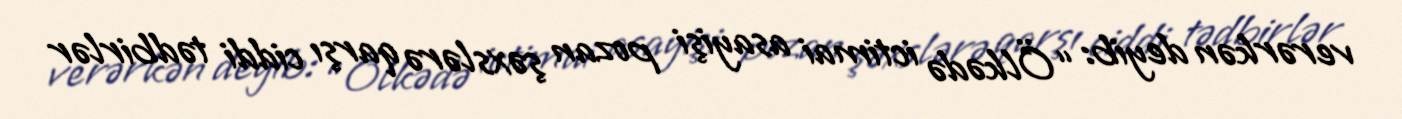
verərkən deyib: “Ölkədə ictimai asayişi pozan şəxslərə qarşı ciddi tədbirlər